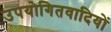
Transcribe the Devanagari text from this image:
उपयोगितवादियों